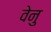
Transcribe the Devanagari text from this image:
वेनु